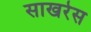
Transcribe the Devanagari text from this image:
साखरेस